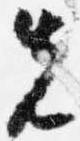
先